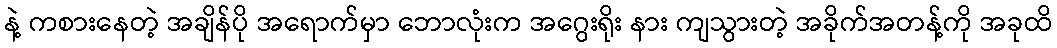
နဲ့ ကစားနေတဲ့ အချိန်ပို အရောက်မှာ ဘောလုံးက အဂွေးရိုး နား ကျသွားတဲ့ အခိုက်အတန့်ကို အခုထိ